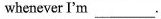
whenever I'm ___.